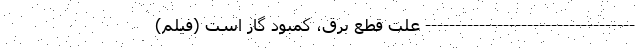
----------------------------------- علت قطع برق، کمبود گاز است (فیلم)